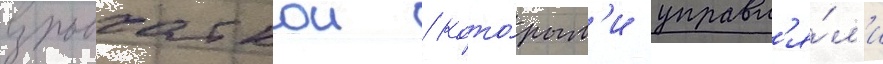
взрывчаткои / кото́рым'и управл'я́л'и